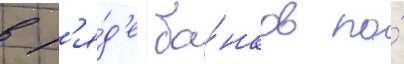
в р'я́д'е ба́нков по́